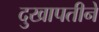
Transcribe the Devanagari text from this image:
दुखापतीने